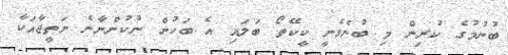
ބުނުމުގެ ކުރިން މި ބުނެވެނީ ކީކޭތޯ ބަލައި އެ ބަހުން ނުކުންނާނެ ނަތީޖާއަކާ